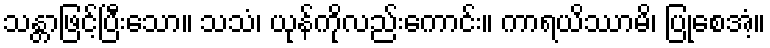
သန္တာဖြင့်ပြီးသော။ သသံ၊ ယုန်ကိုလည်းကောင်း။ ကာရယိဿာမိ၊ ပြုစေအံ့။